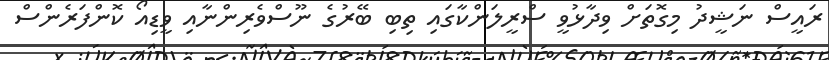
ރައީސް ނަޝީދު މިގޮތަށް ވިދާޅުވީ ސްރީލަންކާގައި ތިބި ބޭރުގެ ނޫސްވެރިންނާއި ވީޑިއޯ ކޮންފަރެންސް